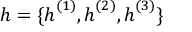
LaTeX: { \boldsymbol { h } } = \{ { \boldsymbol { h } } ^ { ( 1 ) } , { \boldsymbol { h } } ^ { ( 2 ) } , { \boldsymbol { h } } ^ { ( 3 ) } \}